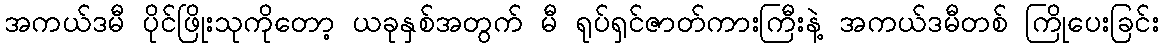
အကယ်ဒမီ ပိုင်ဖြိုးသုကိုတော့ ယခုနှစ်အတွက် မီ ရုပ်ရှင်ဇာတ်ကားကြီးနဲ့ အကယ်ဒမီတစ် ကြိုပေးခြင်း